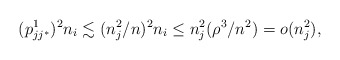
\begin{align*} (p^1_{jj^*})^2 n_i \lesssim (n_j^2/n)^2n_i \le n_j^2 (\rho^3/n^2) = o(n_j^2), \end{align*}